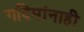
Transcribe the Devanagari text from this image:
गदिमांनाही